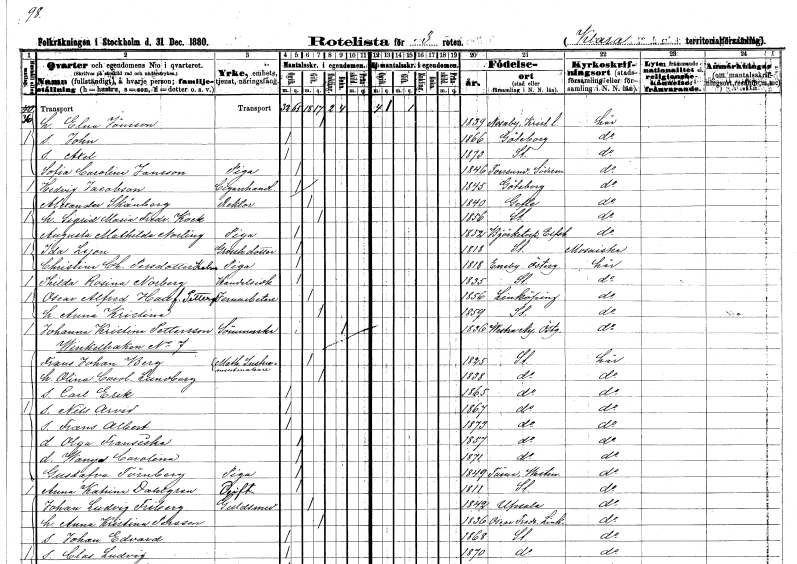
gt_parse: households: individuals: FN: Elna
EN: Jönsson
KON: K
CIV: G
FODAR: 1839
FODFORS: Nosaby Kristianstads län
FN: John
KON: M
CIV: O
FODAR: 1866
FODFORS: Göteborg Göteborgs- och Bohuslän
FN: Axel
KON: M
CIV: O
FODAR: 1873
FODFORS: Stockholm
FN: Sofia Carolina
EN: Jansson
YRKE: Piga
KON: K
CIV: O
FODAR: 1846
FODFORS: Toresund Södermanlands län
FN: Hedvig
EN: Jacobson
YRKE: Cigarrhandlare
KON: K
CIV: O
FODAR: 1845
FODFORS: Göteborg Göteborgs- och Bohuslän
FN: Alexander
EN: Skånberg
YRKE: Rektor
KON: M
CIV: G
FODAR: 1840
FODFORS: Gävle Gävleborgs län
FN: Sigrid Maria Fredrika
EN: Kock
KON: K
CIV: G
FODAR: 1856
FODFORS: Stockholm
FN: Augusta Mathilda
EN: Norling
YRKE: Piga
KON: K
CIV: O
FODAR: 1852
FODFORS: Björketorp Göteborgs- och Bohuslän
FN: Ida
EN: Lyon
YRKE: Grosshandlaredotter
KON: K
CIV: O
FODAR: 1818
FODFORS: Stockholm
FN: Christina Charlotta
EN: Persdotter Kalm
YRKE: Piga
KON: K
CIV: O
FODAR: 1818
FODFORS: Eneby Östergötlands län
FN: Thilda Rosina
EN: Norberg
YRKE: Handelsidkare
KON: K
CIV: O
FODAR: 1835
FODFORS: Stockholm
FN: Oscar Alfred
EN: Hall
YRKE: Järnarbetare
KON: M
CIV: G
FODAR: 1856
FODFORS: Linköping Östergötlands län
FN: Anna Kristina
EN: Pettersson
KON: K
CIV: G
FODAR: 1859
FODFORS: Stockholm
FN: Johanna Kristina
EN: Pettersson
YRKE: Sömmerska
KON: K
CIV: E
FODAR: 1836
FODFORS: Västra Ny Östergötlands län
FN: Frans Johan
EN: Berg
YRKE: Instrumentmakare math.
KON: M
CIV: G
FODAR: 1825
FODFORS: Stockholm
FN: Olina Carolina
EN: Lundberg
KON: K
CIV: G
FODAR: 1838
FODFORS: Stockholm
FN: Carl Erik
KON: M
CIV: O
FODAR: 1865
FODFORS: Stockholm
FN: Nils Arvid
KON: M
CIV: O
FODAR: 1867
FODFORS: Stockholm
FN: Frans Albert
KON: M
CIV: O
FODAR: 1873
FODFORS: Stockholm
FN: Olga Fransiska
KON: K
CIV: O
FODAR: 1857
FODFORS: Stockholm
FN: Wanyd Carolina
KON: K
CIV: O
FODAR: 1871
FODFORS: Stockholm
FN: Gustafva
EN: Törnberg
YRKE: Piga
KON: K
CIV: O
FODAR: 1849
FODFORS: Tärna Västmanlands län
FN: Anna Katrina
EN: Dahlgren
KON: K
CIV: O
FODAR: 1811
FODFORS: Stockholm
FN: Johan Ludvig
EN: Friberg
YRKE: Guldsmed
KON: M
CIV: G
FODAR: 1842
FODFORS: Uppsala Uppsala län
FN: Anna Kristina
EN: Persson
KON: K
CIV: G
FODAR: 1836
FODFORS: Oskar Fredrik Östergötlands län
FN: Johan Edvard
KON: M
CIV: O
FODAR: 1868
FODFORS: Stockholm
FN: Clas Ludvig
KON: M
CIV: O
FODAR: 1870
FODFORS: Stockholm